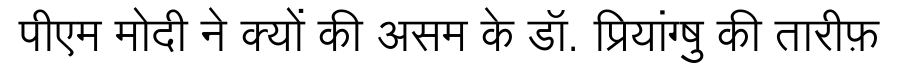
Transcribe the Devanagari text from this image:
पीएम मोदी ने क्यों की असम के डॉ. प्रियांग्षु की तारीफ़